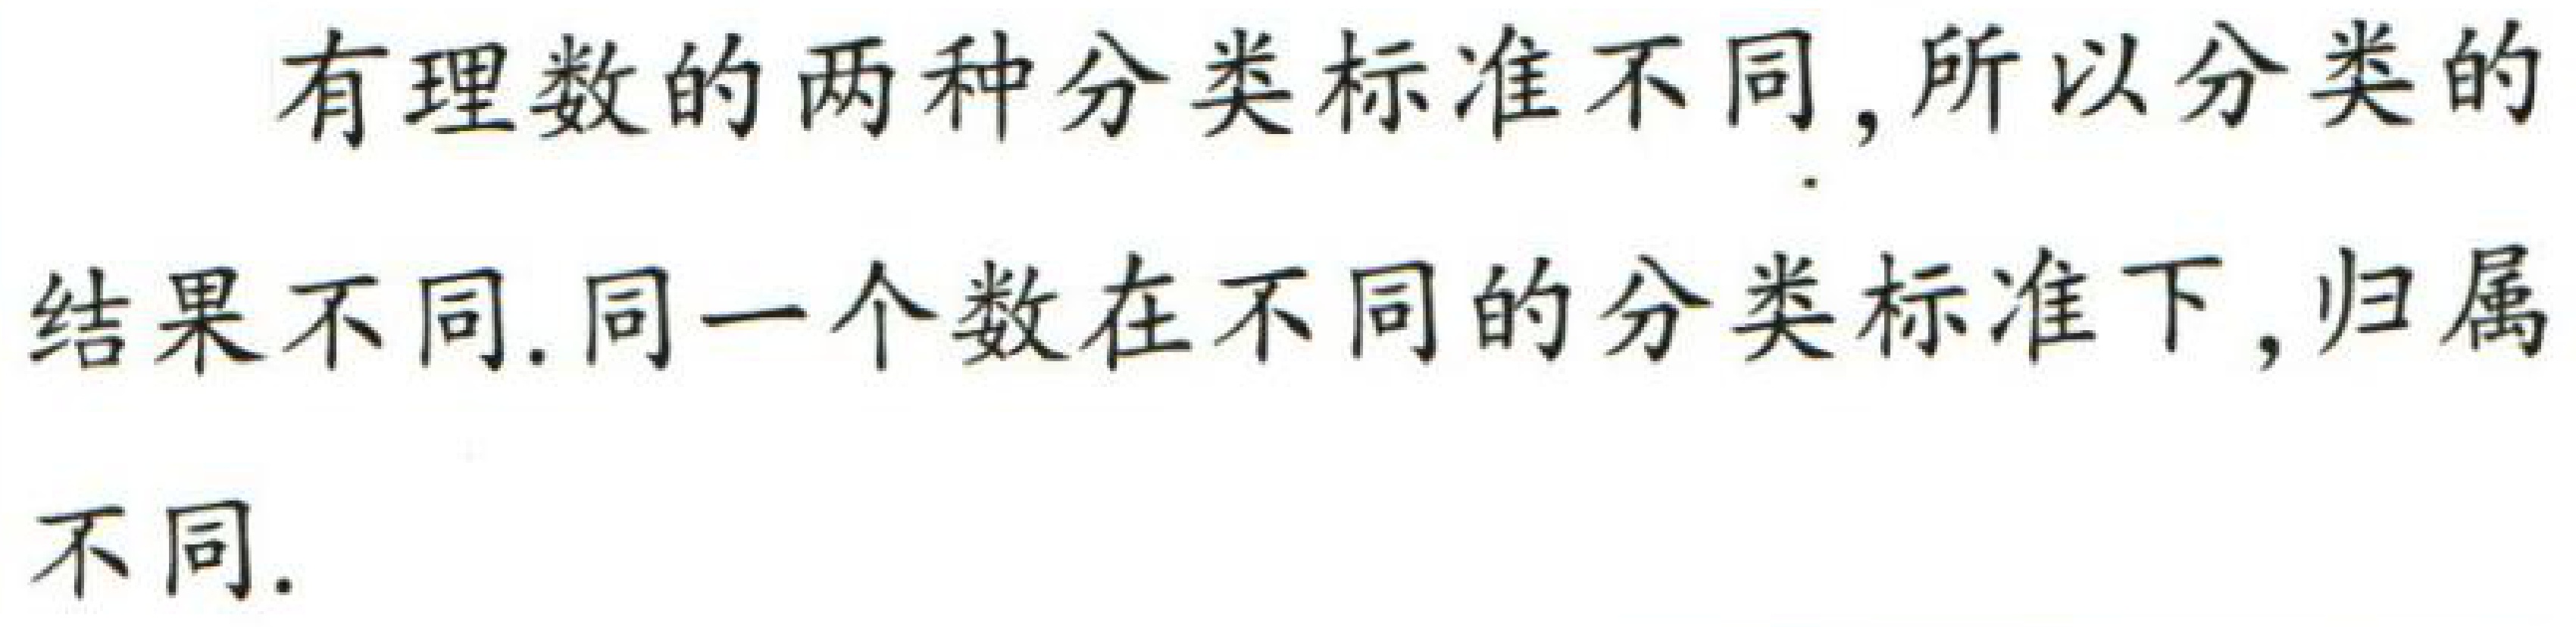
有理数的两种分类标准不同, 所以分类的结果不同. 同一个数在不同的分类标准下, 归属不同.